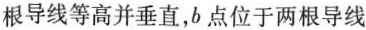
根导线等高并垂直，b点位于两根导线